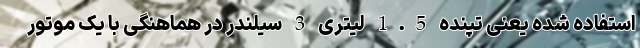
استفاده شده یعنی تپنده 1.5 لیتری 3 سیلندر در هماهنگی با یک موتور